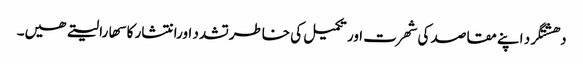
دھشتگرد اپنے مقاصد کی شھرت اور تکمیل کی خاطرتشدد اورانتشار کا سھارا لیتے ھیں۔